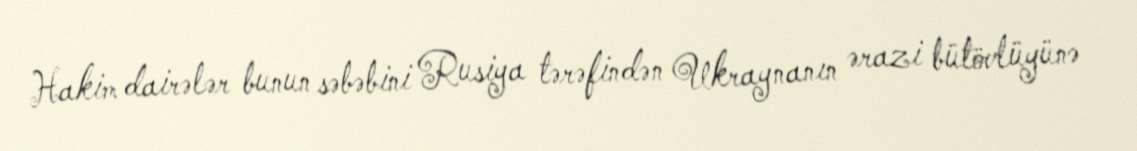
Hakim dairələr bunun səbəbini Rusiya tərəfindən Ukraynanın ərazi bütövlüyünə